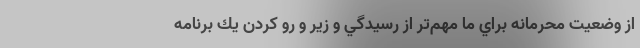
از وضعيت محرمانه براي ما مهم‌تر از رسيدگي و زير و رو كردن يك برنامه